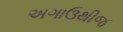
અગાઉથીજ